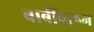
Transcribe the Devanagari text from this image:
बाबींवरून